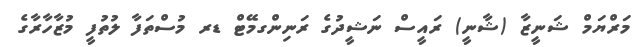
މަރްޔަމް ޝަނީޒާ (ޝާނީ) ރައީސް ނަޝީދުގެ ރަނިންގމޭޓް ޑރ މުސްތަފާ ލުތުފީ މުޒާހާރާގެ